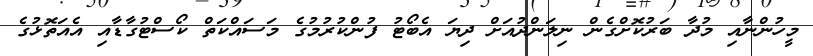
މީހުންނާއި މުދާ ބަރުކޮށްގެން ނިލަންދުއަށް ދިޔަ އެބޯޓު ފުންކުރުމުގެ މަސައްކަތް ކޯސްޓުގާޑާއި އެއަތޮޅުގެ